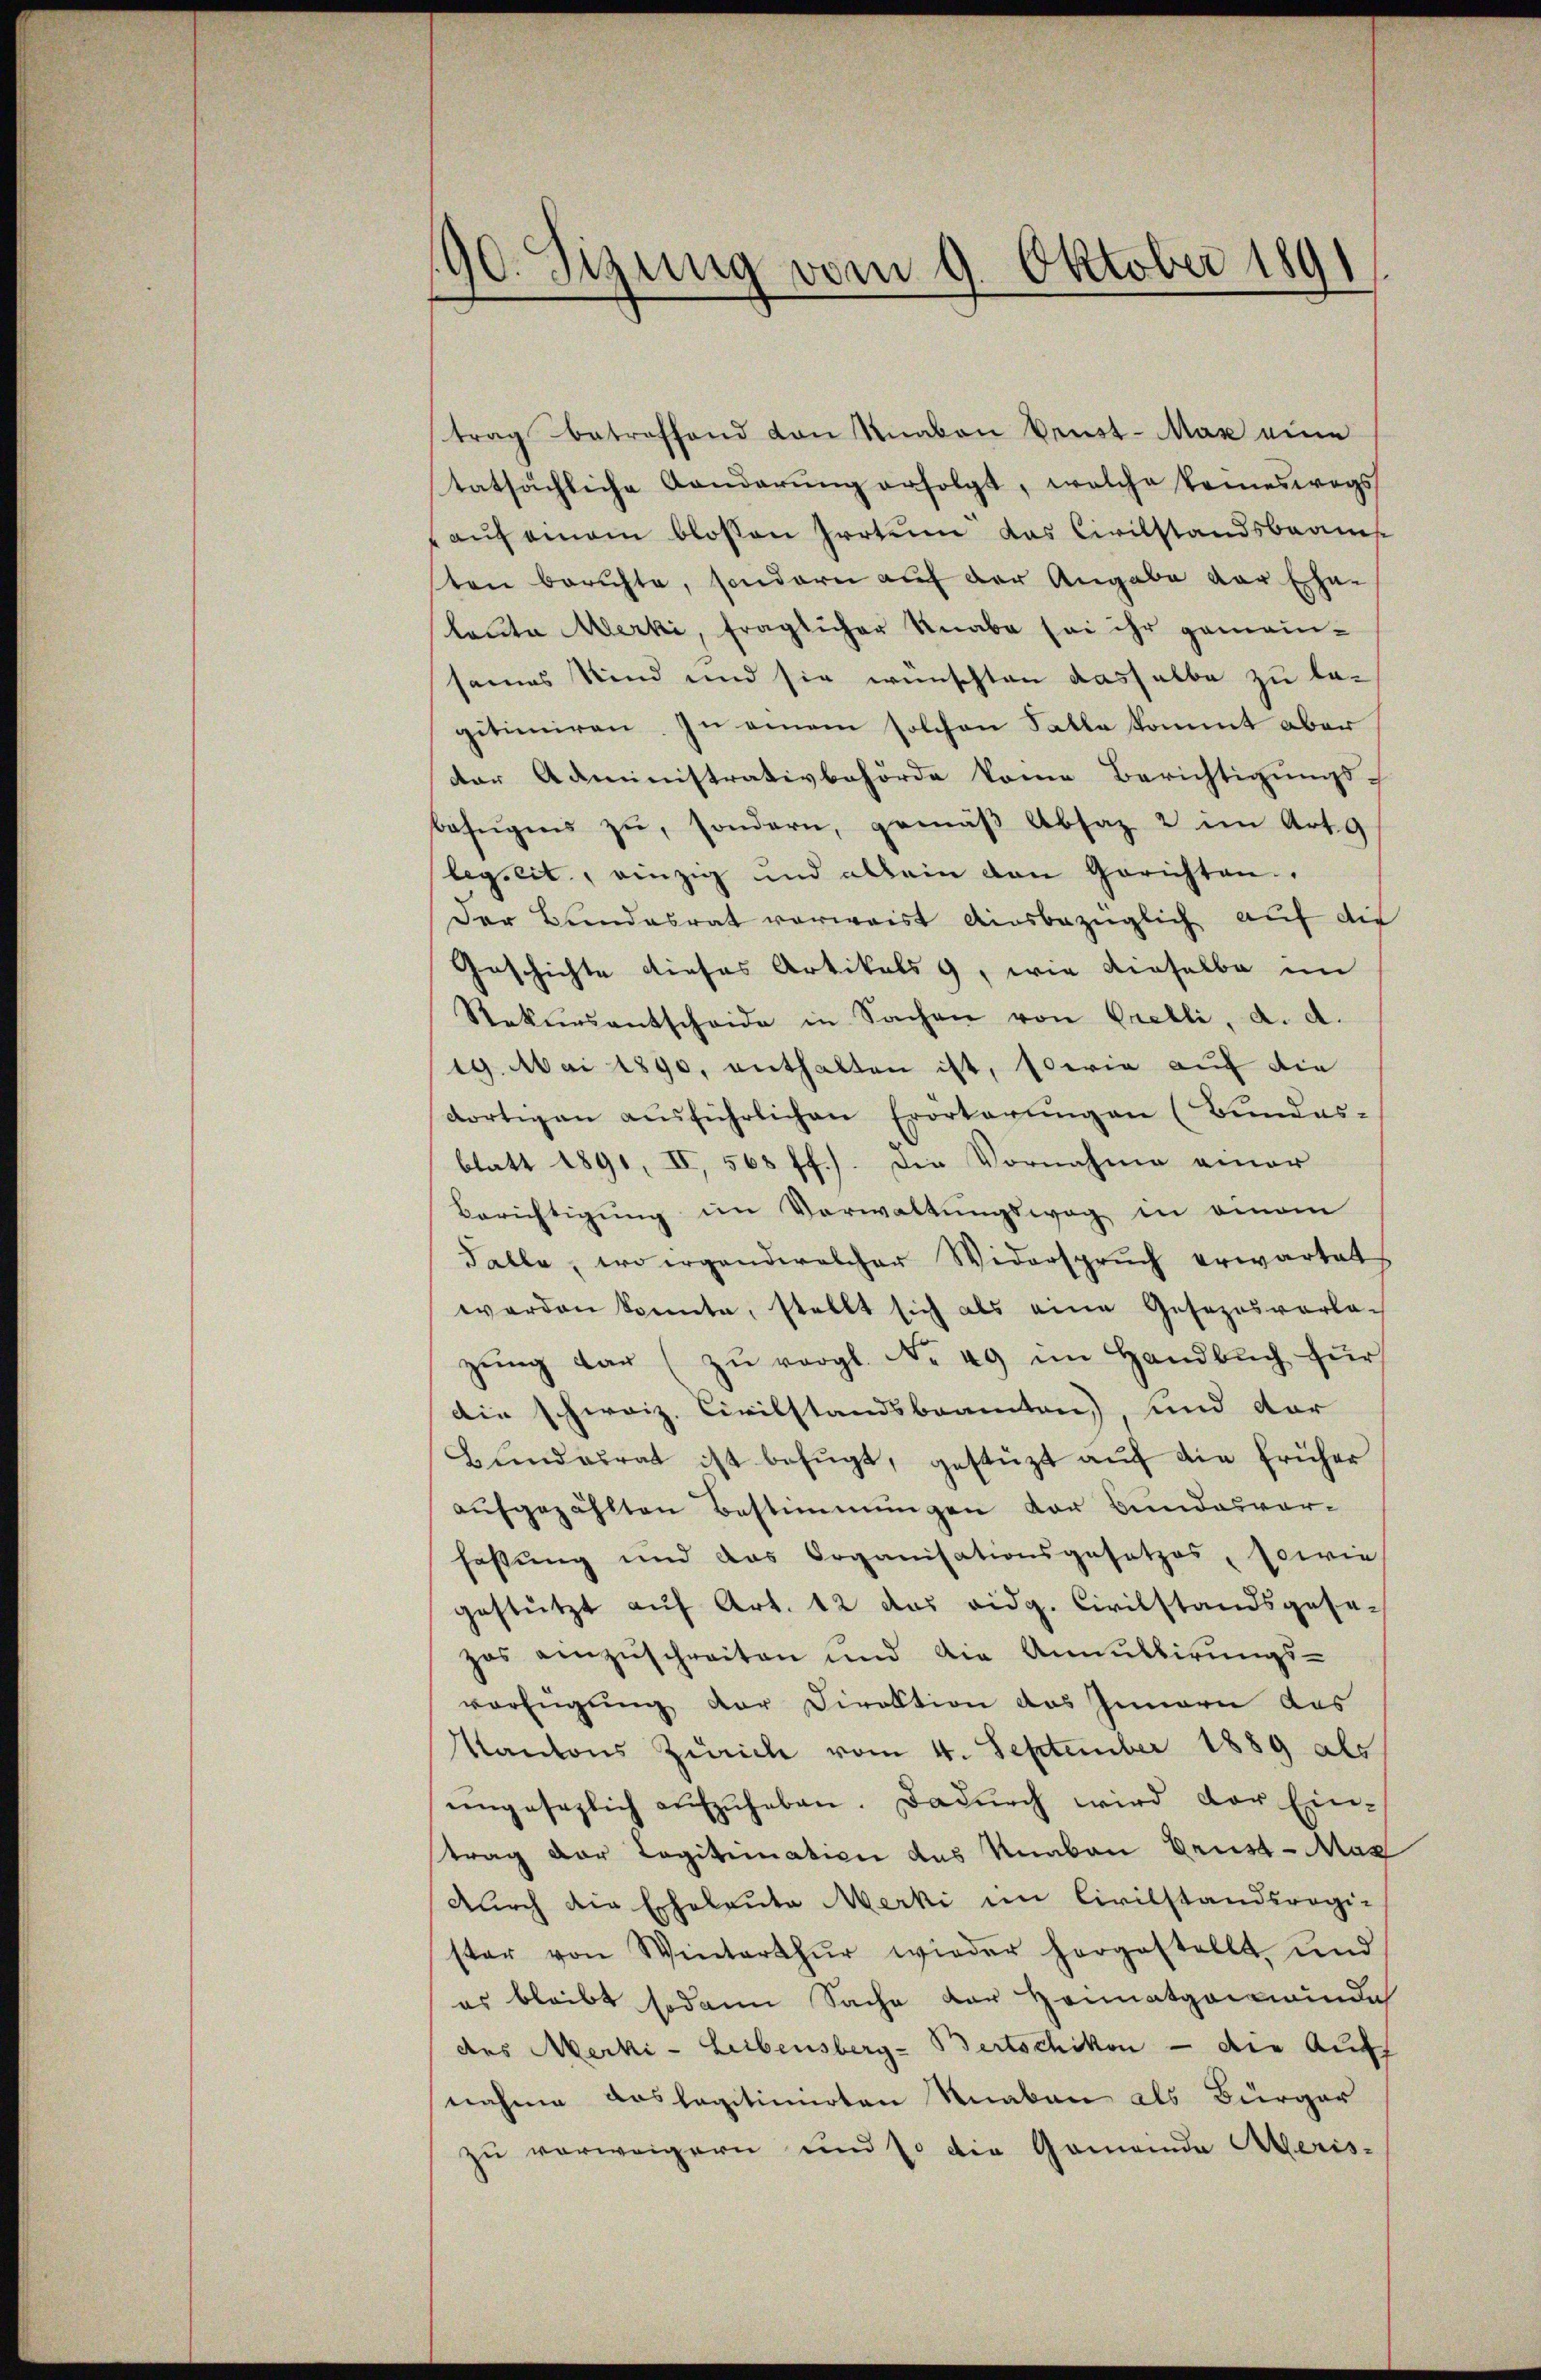
190. Sizung vom 9. Oktober 1891

trag betreffend von Knaben denst-Max eine
tatsächliche Aenderŭng erfolgt, welche keineswegs
auf einem blossen Irrtum das Civilstandsbeam
ten berichte, sondern auf der Angabe der Ehe-
leute Merki, fraglicher Knabe sei ihr gemeinsames Kind und sie wünschten dasselbe zu legitimiren. In einem solchen Falle kommt aber
der Administrativbehörde keine Berichtigungs-
befŭgens zŭ, sondern, gemäβ Absaz 2 im Art. 9
legseit, einzig und allein den Gerichten.
Der Bundesrat vorweist ausbezüglich auf die
Geschichte dieses Artikels , wie dieselbe im
Rekŭrsantscheide in Sachen von Prelli, a. a.
19. Mai 1890, enthalten ist, sowie auf die
dortigen aŭsführlichen Erörterungen (Bundes-
blatt 1891, II, 568 ff.). Die Vornahme einer
Berichtigung im Verwaltungsweg in einem
Falle, wo ergandwelcher Widerspruch erwartet
werden konnte, stellt sich als eine Gesezesvorla-
zŭng dar (zŭ vergl. No 49 im Handbŭch für
Die schweiz. Civilstandsbeamten) und der
Bundesrat ist befugt, gestützt auf die früher
aufgezählten Bestimmungen der Bundesvor-
fassung und das Organisationsgesetzes, sowie
gestützt auf Art. 12 das eidg. Civilstandsgese-
zos einzuschreiten und die Annullirungs-
verfügung der Direktion des Innern das
Kantons Zürich vom 4. September 1889 als
ungesezlich aufzuheben. Dadurch wird der Ein-
trag der Legitimation des Knaben Brust-Mag
durch die Erheleute Merki im Civilstandsregi-
ster von Winterthur wieder hergestellt, und
es bleibt sodann Sache der Honnatgarwinde
des Merki - Leibensberg-Bertschiken — die Auff
nahme das legitimierten Knaben als Bürger
zu verweigern und so die Gemeinde Meris-